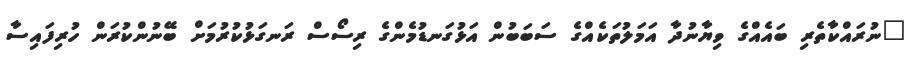
"ނުރައްކާތެރި ބައެއްގެ ވިޔާނުދާ އަމަލުތަކެއްގެ ސަބަބުން އަޅުގަނޑުމެންގެ ރިސޯސް ރަނގަޅުކުރުމަށް ބޭނުންކުރަން ހުރިފައިސާ